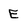
Character: E